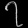
Digit: ၇